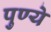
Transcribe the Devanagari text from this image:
पुण्ये